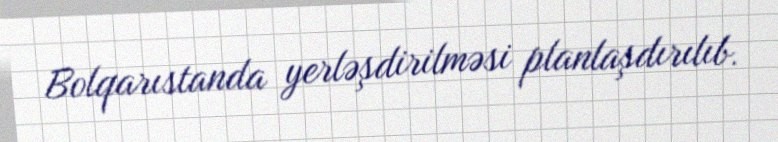
Bolqarıstanda yerləşdirilməsi planlaşdırılıb.